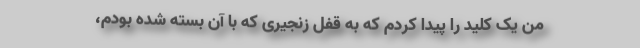
من یک کلید را پیدا کردم که به قفل زنجیری که با آن بسته شده بودم،